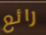
رائع